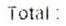
TOTAL :